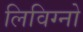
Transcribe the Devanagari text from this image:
लिविग्नो